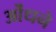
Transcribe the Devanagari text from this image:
ओंधने